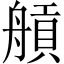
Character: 𦩼